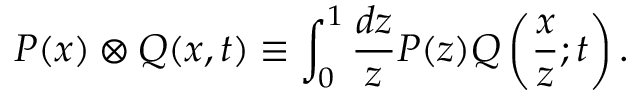
P ( x ) \otimes Q ( x , t ) \equiv \int _ { 0 } ^ { 1 } { \frac { d z } { z } } P ( z ) Q \left( { \frac { x } { z } } ; t \right) .